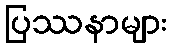
ပြဿနာများ